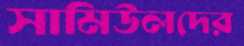
সামিউলদের